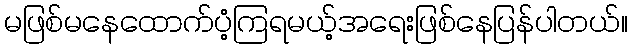
မဖြစ်မနေထောက်ပံ့ကြရမယ့်အရေးဖြစ်နေပြန်ပါတယ်။